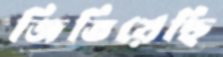
জিতিয়েছি